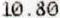
10.80